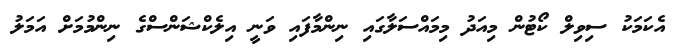
އެކަމަކު ސިވިލް ކޯޓުން މިއަދު މިމައްސަލާގައި ނިންމާފައި ވަނީ އިލެކްޝަންސްގެ ނިންމުމަށް އަމަލު